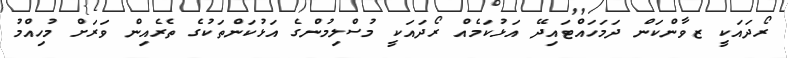
ރޯދައަކީ ޒވާންކަން ދަމަހައްޓައިދޭ އަޅުކަމެއް ރޯދައަކީ މުސްލިމުންގެ އަޅުކަންތަކުގެ ތެރެއިން ވަރަށް މުހިއްމު